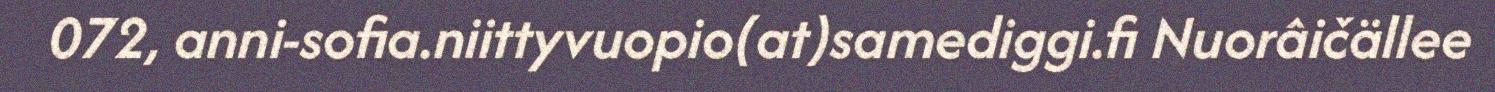
072, anni-sofia.niittyvuopio(at)samediggi.fi Nuorâičällee